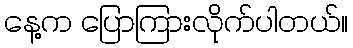
နေ့က ပြောကြားလိုက်ပါတယ်။